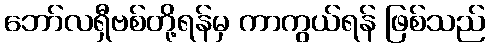
ဘော်လရှီဗစ်တို့ရန်မှ ကာကွယ်ရန် ဖြစ်သည်